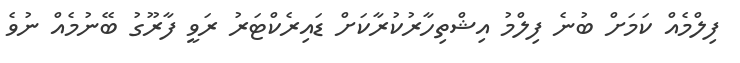
ފިލްމެއް ކަމަށް ބުނެ ފިލްމު އިޝްތިހާރުކުރާކަށް ޑައިރެކްޓަރު ރަވީ ފާރޫގު ބޭނުމެއް ނުވެ